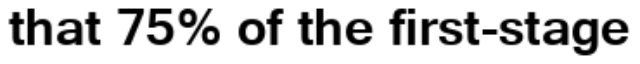
that 75% of the first-stage